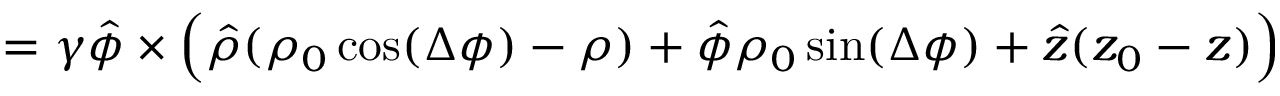
= \gamma \hat { \phi } \times \Big ( \hat { \rho } ( \rho _ { 0 } \cos ( \Delta \phi ) - \rho ) + \hat { \phi } \rho _ { 0 } \sin ( \Delta \phi ) + \hat { z } ( z _ { 0 } - z ) \Big )